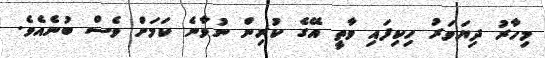
މިހާރު ދިޔަވަރު ހިކިފައި ވާތީ އޭގެ ކުރިން ނުވާނެ ކަމަށް ވެސް ބުނެއެވެ.